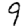
Digit: 9